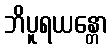
ဘိပူရယန္တော